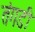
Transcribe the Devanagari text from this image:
तंगडी